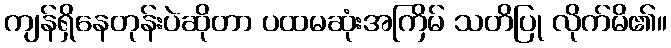
ကျန်ရှိနေတုန်းပဲဆိုတာ ပထမဆုံးအကြိမ် သတိပြု လိုက်မိ၏။